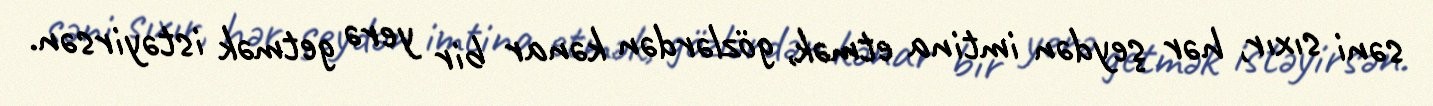
səni sıxır, hər şeydən imtina etmək, gözlərdən kənar bir yerə getmək istəyirsən.